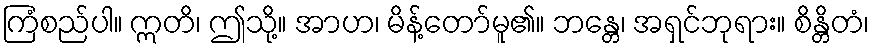
ကြံစည်ပါ။ ဣတိ၊ ဤသို့။ အာဟ၊ မိန့်တော်မူ၏။ ဘန္တေ၊ အရှင်ဘုရား။ စိန္တိတံ၊